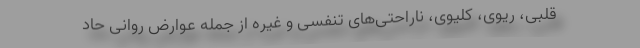
قلبی، ریوی، کلیوی، ناراحتی‌های تنفسی و غیره از جمله عوارض روانی حاد